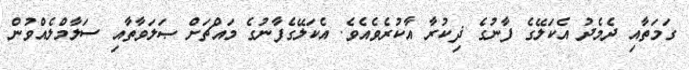
ގަމަތާއި ދެމެދު އެކަލޭގެ ފާނުގެ ޛިކުރާ އާކުރެވެއެވެ. އެކަލޭގެފާނުގެ މައްޗަށް ޞަލަވާތާއި ސަލާމްލެއްވުން